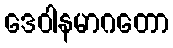
ဒေဝါနမာဂတော